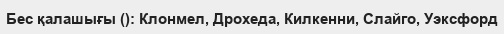
Бес қалашығы (): Клонмел, Дрохеда, Килкенни, Слайго, Уэксфорд